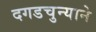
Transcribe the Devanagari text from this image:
दगडचुन्याने